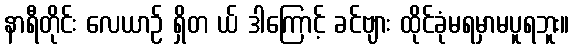
နာရီတိုင်း လေယာဉ် ရှိတ ယ် ဒါကြောင့် ခင်ဗျား ထိုင်ခုံမရမှာမပူရဘူး။